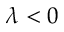
\lambda < 0